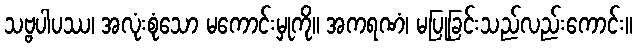
သဗ္ဗပါပဿ၊ အလုံးစုံသော မကောင်းမှုကို။ အကရဏံ၊ မပြုခြင်းသည်လည်းကောင်း။